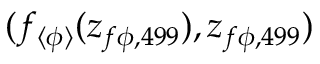
( f _ { \langle \phi \rangle } ( z _ { f \phi , 4 9 9 } ) , z _ { f \phi , 4 9 9 } )